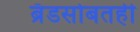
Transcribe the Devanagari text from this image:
ब्रँडसोबतही